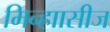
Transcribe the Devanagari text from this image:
मिन्ह्राासीज